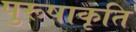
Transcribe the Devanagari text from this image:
पुरूषाकृति